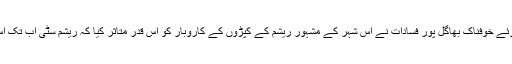
جیسےتقریباً تین دہائی پہلے ہوئے خوفناک بھاگل پور فسادات نے اس شہر کے مشہور ریشم کے کپڑوں کے کاروبار کو اس قدر متاثر کیا کہ ریشم سٹی اب تک اس چوٹ سے ابر نہیں پایا ہے۔